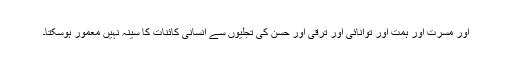
اور مسرت اور ہمت اور توانائی اور ترقی اور حسن کی تجلیوں سے انسانی کائنات کا سینہ نہیں معمور ہوسکتا۔